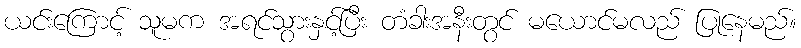
ယင်းကြောင့် သူမက အရင်သွားနှင့်ပြီး တံခါးအနီးတွင် မယောင်မလည် ပြုနေမည်။